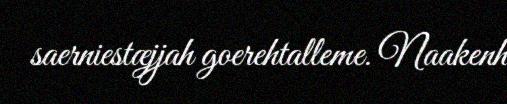
saerniestæjjah goerehtalleme. Naakenh